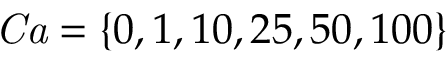
\mathit { C a } = \{ 0 , 1 , 1 0 , 2 5 , 5 0 , 1 0 0 \}